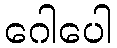
ဂေါပေါ